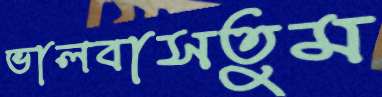
ভালবাসতুম